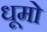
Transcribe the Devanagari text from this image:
धूमो